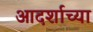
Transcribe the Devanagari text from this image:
आदर्शाच्या